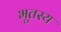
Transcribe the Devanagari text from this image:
भूतस्य